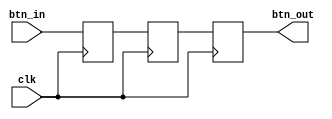
// This program was cloned from: https://github.com/FPGADude/Digital-Design
// License: GNU General Public License v3.0

`timescale 1ns / 1ps

module btn_debounce(
    input clk,
    input btn_in,
    output btn_out
    );
    
    reg t0, t1, t2;
    
    always @(posedge clk) begin
        t0 <= btn_in;
        t1 <= t0;
        t2 <= t1;
    end
    
    assign btn_out = t2;
    
endmodule